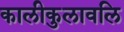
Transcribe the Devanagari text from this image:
कालीकुलावलि